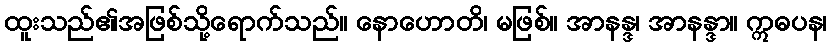
ထူးသည်၏အဖြစ်သို့ရောက်သည်။ နောဟောတိ၊ မဖြစ်။ အာနန္ဒ၊ အာနန္ဒာ။ ဣဓပန၊